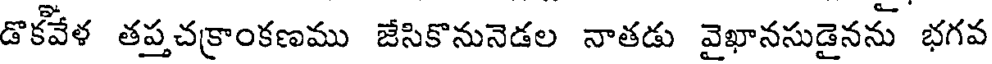
డొకీవేళ తప్తచక్రాంకణము జేసికొనునెడల నాతడు వైఖానసుడైనను భగవ